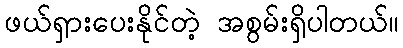
ဖယ်ရှားပေးနိုင်တဲ့ အစွမ်းရှိပါတယ်။